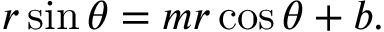
r \sin \theta = m r \cos \theta + b .